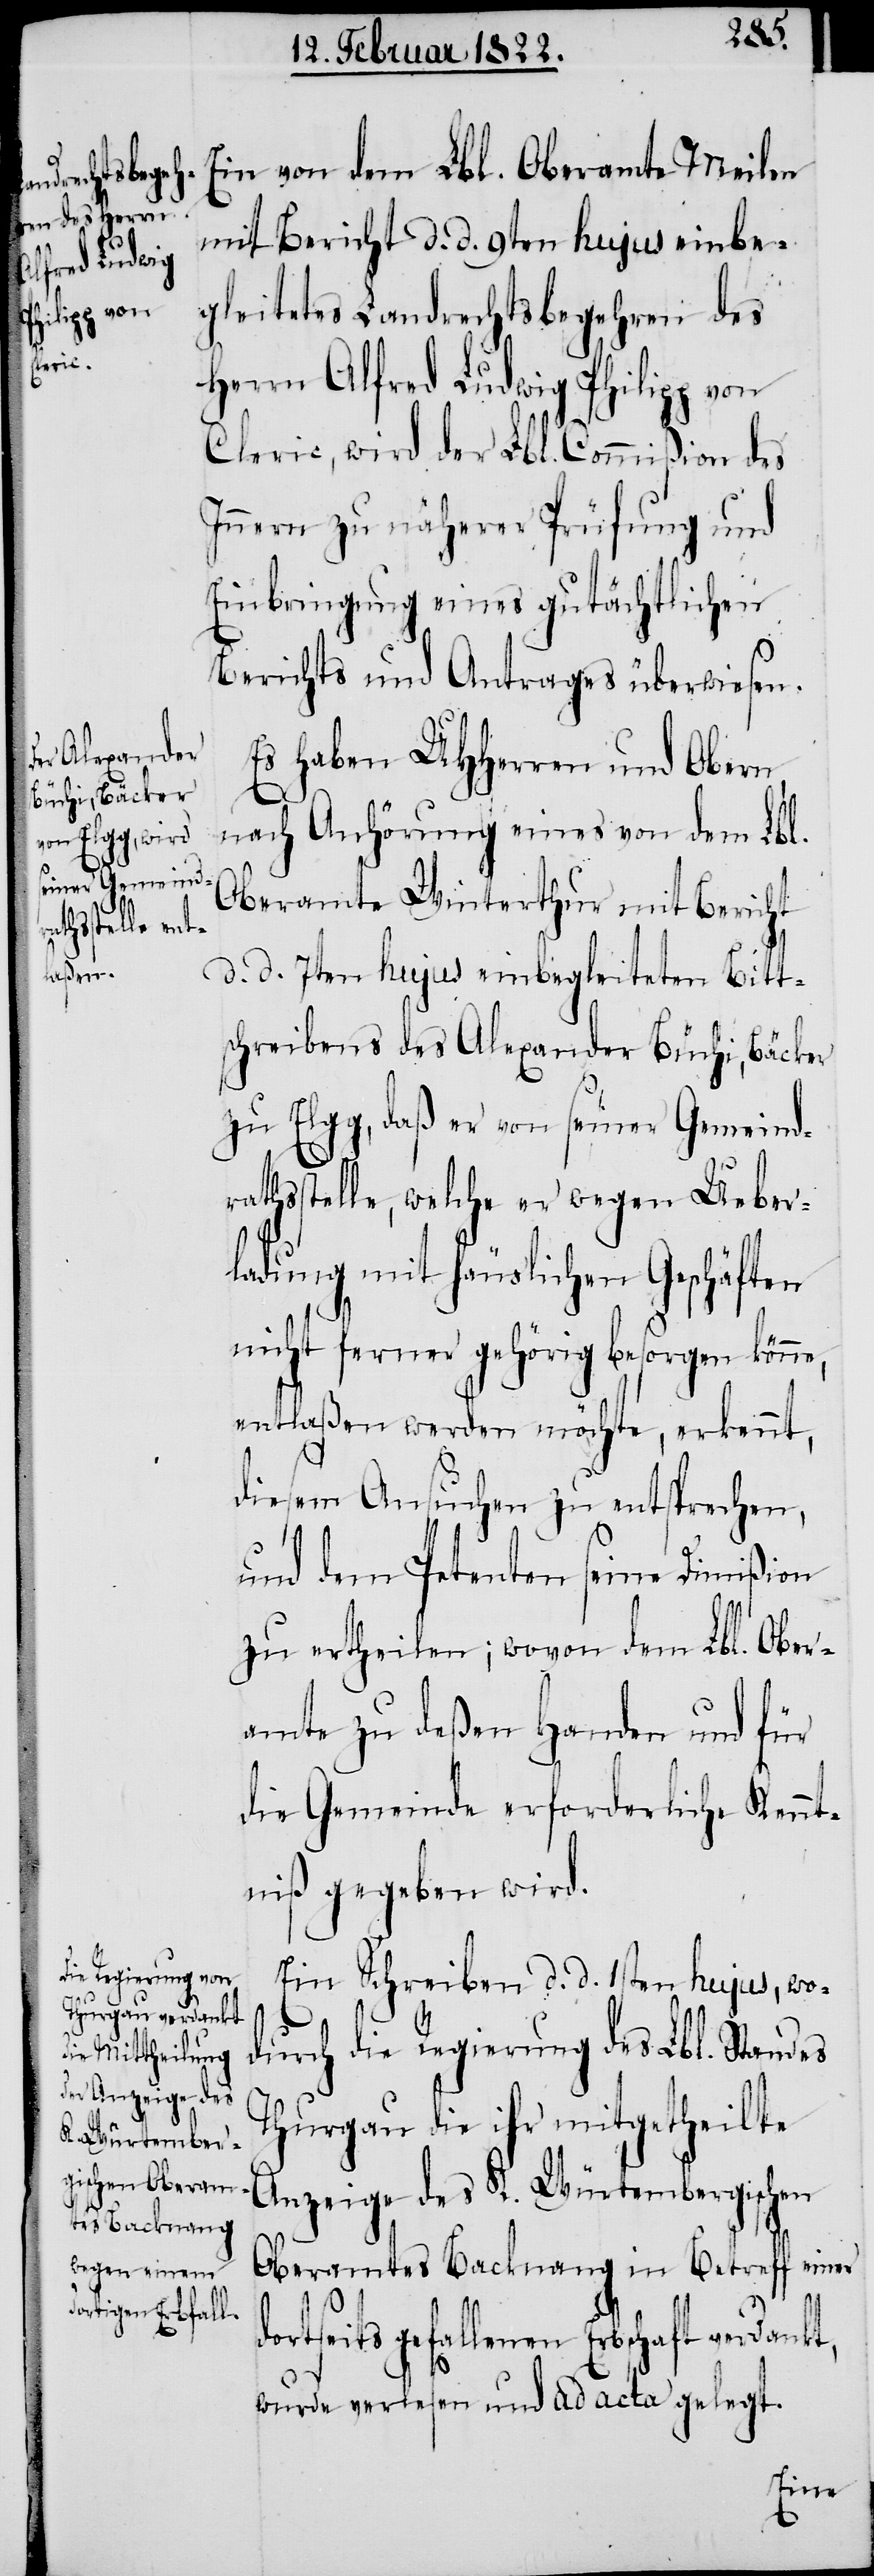
do¬

Ein von dem Lbl. Oberamte Meilen
mit Bericht d. d. 9ten hujus einbe¬
gleitetes Landrechtsbegehren des
Herrn Alfred Ludwig Philipp von
Cleric, wird der Lbl. Commißion des
Innern zu näherer Prüfung und
Einbringung eines gutächtlichen
Berichts und Antrages überwiesen.
Es haben UHHerren und Obern
nach Anhörung eines von dem Lbl.
Oberamte Winterthur mit Bericht
d. d. 7ten hujus einbegleiteten Bitts¬
chreibens des Alexander Büchi, Bäcker
zu Elgg, daß er von seiner Gemeind¬
rathsstelle, welche er wegen Ueber¬
ladung mit häuslichen Geschäften
nicht ferner gehörig besorgen könne,
entlaßen werden möchte, erkennt,
diesem Ansuchen zu entsprechen,
und dem Petenten seine Dimißion
zu ertheilen; wovon dem Lbl. Ober¬
amte zu deßen Handen und für
die Gemeinde erforderliche Kennt¬
niß gegeben wird.
Ein Schreiben d. d. 1sten hujus, wo¬
durch die Regierung des Lbl. Standes
Thurgau die ihr mitgetheilte
Anzeige des K. Würtembergischen
Oberamtes Backnang in Betreff einer
rtseits gefallenen Erbschaft
wurde verlesen und ad acta gelegt.